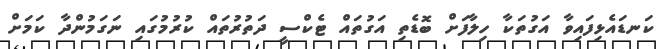
ކަނޑައެޅިފައިވާ އަގުތަކާ ހިލާފަށް ބޮޑެތި އަގުތައް ޓެކްސީ ދަތުރުތައް ކުރުމުގައި ނަގަމުންދާ ކަމަށް